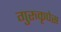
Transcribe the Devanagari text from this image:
गुरुकृपेस